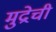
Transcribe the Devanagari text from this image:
मुद्रेची